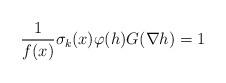
LaTeX: \begin{align*} \frac{1}{f(x)}\sigma_{k}(x)\varphi(h)G(\nabla h)=1\end{align*}